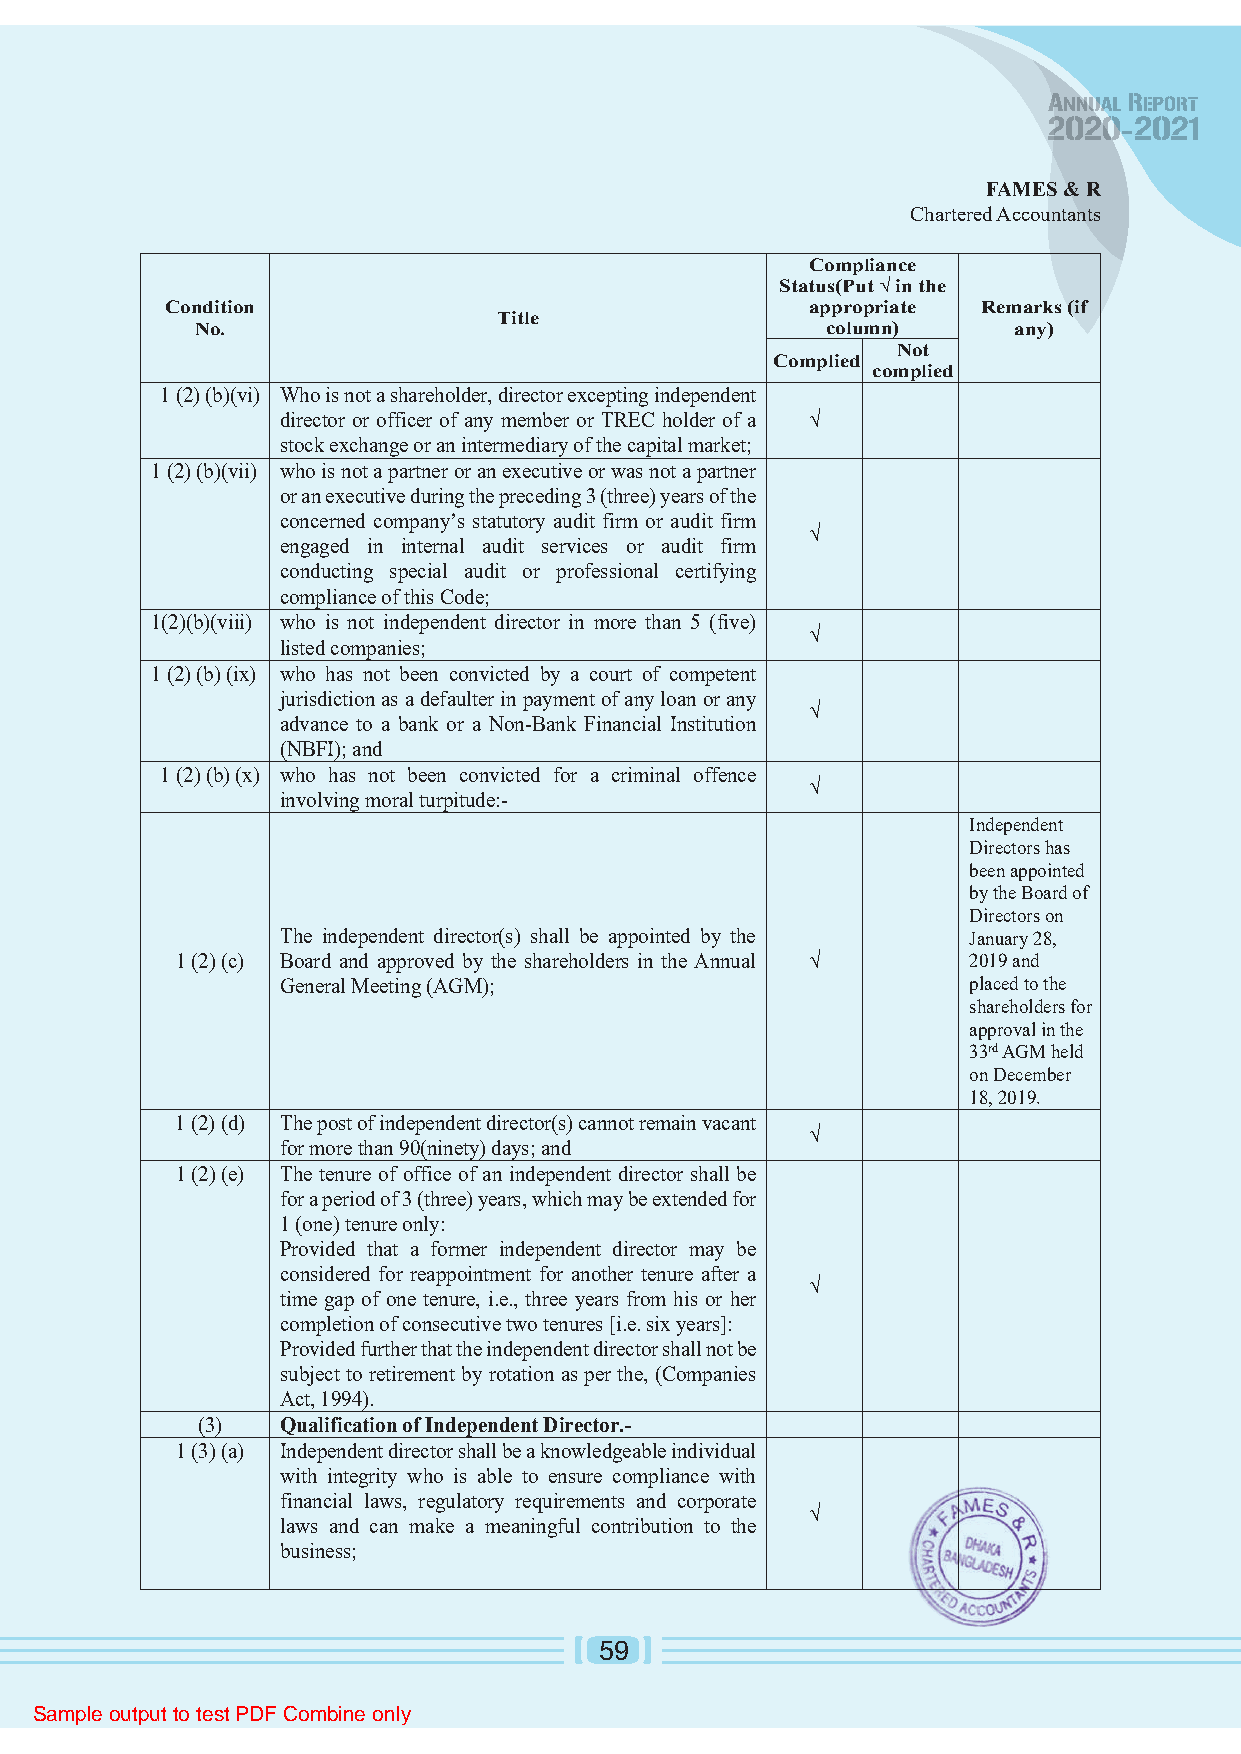
FAMES & R
 Chartered Accountants
 Compliance
 Status(Put √ in the
 Condition                                  appropriate Remarks (if
 Title
 No.                                       column)     any)
 Not
 Complied
 complied
 1 (2) (b)(vi) Who is not a shareholder, director excepting independent
 director or officer of any member or TREC holder of a √
 stock exchange or an intermediary of the capital market;
 1 (2) (b)(vii) who is not a partner or an executive or was not a partner
 or an executive during the preceding 3 (three) years of the
 concerned company’s statutory audit firm or audit firm
 √
 engaged in internal audit services or audit firm
 conducting special audit or professional certifying
 compliance of this Code;
 1(2)(b)(viii) who is not independent director in more than 5 (five)
 √
 listed companies;
 1 (2) (b) (ix) who has not been convicted by a court of competent
 jurisdiction as a defaulter in payment of any loan or any
 √
 advance to a bank or a Non-Bank Financial Institution
 (NBFI); and
 1 (2) (b) (x) who has not been convicted for a criminal offence
 √
 involving moral turpitude:-
 Independent
 Directors has
 been appointed
 by the Board of
 Directors on
 The independent director(s) shall be appointed by the January 28,
 1 (2) (c) Board and approved by the shareholders in the Annual √ 2019 and
 General Meeting (AGM);                       placed to the
 shareholders for
 approval in the
 33rd AGM held
 on December
 18, 2019.
 1 (2) (d) The post of independent director(s) cannot remain vacant
 √
 for more than 90(ninety) days; and
 1 (2) (e) The tenure of office of an independent director shall be
 for a period of 3 (three) years, which may be extended for
 1 (one) tenure only:
 Provided that a former independent director may be
 considered for reappointment for another tenure after a
 √
 time gap of one tenure, i.e., three years from his or her
 completion of consecutive two tenures [i.e. six years]:
 Provided further that the independent director shall not be
 subject to retirement by rotation as per the, (Companies
 Act, 1994).
 (3)  Qualification of Independent Director.-
 1 (3) (a) Independent director shall be a knowledgeable individual
 with integrity who is able to ensure compliance with
 financial laws, regulatory requirements and corporate
 √
 laws and can make a meaningful contribution to the
 business;
 59
 Sample output to test PDF Combine only